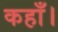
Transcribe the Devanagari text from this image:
कहाँ।